Indian journal of veterinary science and animal husbandry - Volume 9,
Year: 1939
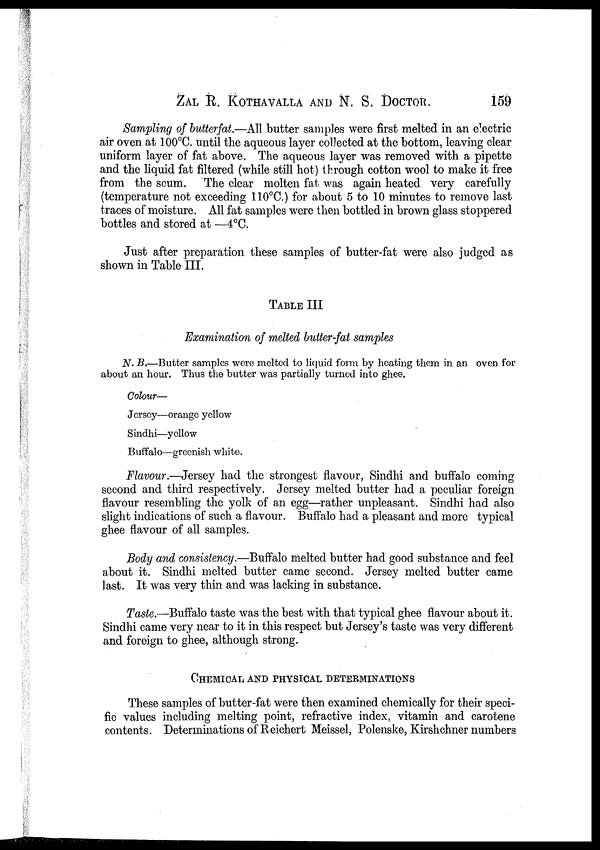
ZAL R. KOTHAVALLA AND N. S. DOCTOR. 159
Sampling of butterfat.—All butter samples were first melted in an electric
air oven at 100°C. until the aqueous layer collected at the bottom, leaving clear
uniform layer of fat above. The aqueous layer was removed with a pipette
and the liquid fat filtered (while still hot) through cotton wool to make it free
from the scum. The clear molten fat was again heated very carefully
(temperature not exceeding 110°C.) for about 5 to 10 minutes to remove last
traces of moisture. All fat samples were then bottled in brown glass stoppered
bottles and stored at —4°C.
Just after preparation these samples of butter-fat were also judged as
shown in Table III.
TABLE III
Examination of melted butter-fat samples
N. B.—Butter samples were melted to liquid form by heating them in an oven, for
about an hour. Thus the butter was partially turned into ghee.
Colour—
Jersey—orange yellow
Sindhi—yellow
Buffalo—greenish white.
Flavour.—Jersey had the strongest flavour, Sindhi and buffalo coming
second and third respectively. Jersey melted butter had a peculiar foreign
flavour resembling the yolk of an egg—rather unpleasant. Sindhi had also
slight indications of such a flavour. Buffalo had a pleasant and more typical
ghee flavour of all samples.
Body and consistency.—Buffalo melted butter had good substance and feel
about it. Sindhi melted butter came second. Jersey melted butter came
last. It was very thin and was lacking in substance.
Taste.—Buffalo taste was the best with that typical ghee flavour about it.
Sindhi came very near to it in this respect but Jersey's taste was very different
and foreign to ghee, although strong.
CHEMICAL AND PHYSICAL DETERMINATIONS
These samples of butter-fat were then examined chemically for their speci-
fic values including melting point, refractive index, vitamin and carotene
contents. Determinations of Reichert Meissel, Polenske, Kirshchner numbers